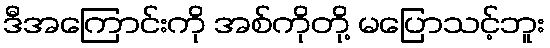
ဒီအကြောင်းကို အစ်ကိုတို့ မပြောသင့်ဘူး